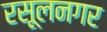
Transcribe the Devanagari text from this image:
रसूलनगर